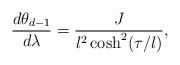
LaTeX: \begin{align*}\frac{d\theta_{d-1}}{d\lambda}=\frac{J}{l^2\cosh^2(\tau/l)},\end{align*}